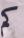
كم